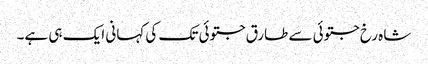
شاہ رخ جتوئی سے طارق جتوئی تک کی کہانی ایک ہی ہے۔